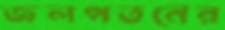
জলপতনের